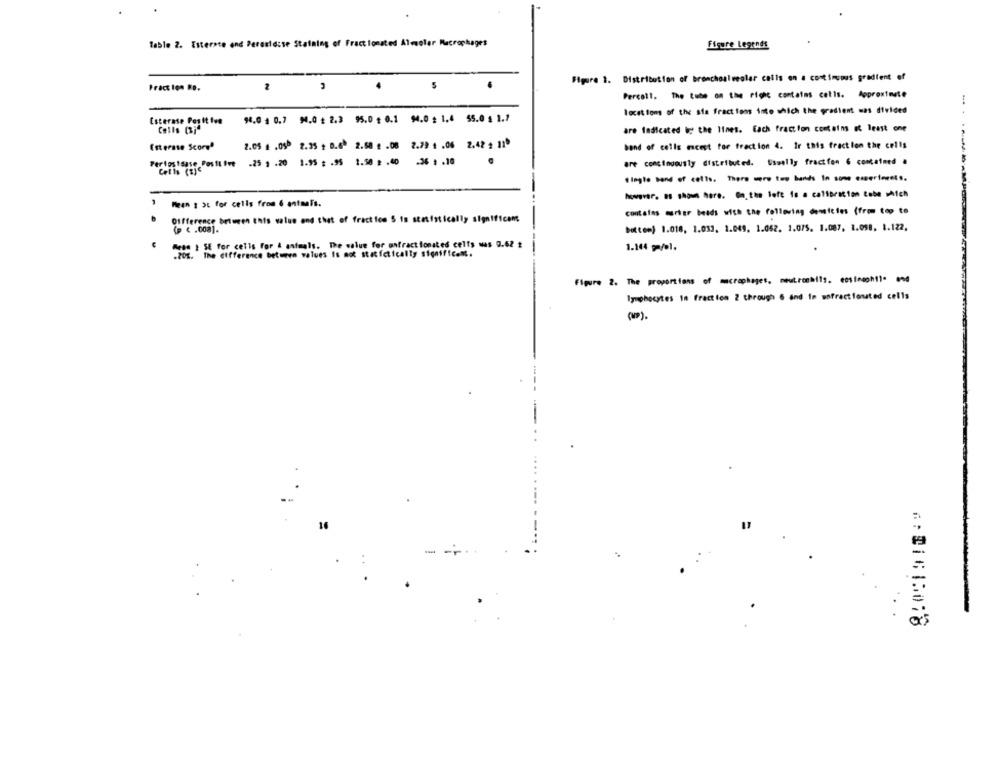
Table 2. Esterate and Peroxidsse Staining of Fractionated Almneler Macrophages
Figure Legends
Figure 1. Distribution of bronchoalveolar calls on a costimcous gradient of
Pract ton No.
4
.
Percall. The tube on the right contains cells. Approximate
locations of the sia fractions inte which the gradient was divided
Esterase Perit inn
94.0 , 0.7 94,0 £ 2.3 95,0 $ 0.1 94,0 g 1,4 55.0 $ 1.7
Cells (Bi"
are Indicated by the lines. Each fraction contains at least one
2.05 . . 05. 2.35 + D.6. 2.58 g .06 2.79 4 .06 2.42 2 11
band of cells meest for fraction 4. Ir this fraction the cells
Esterase Score"
Pertosisase Positive .25 . . 20 1.95 : . 95 1.50 2 .40 .36 1 .10
are conctouously distributed. Usually fractfen 6 contained .
Colis (3)e
"lagle Band of cells. There were two bands In some experiments.
however. as shown here. Gn. the left to a calibration tobe which
Mean 1 3L for cells from 6 antaafs.
contatos murter beads with the following denitim (from top to
Difference between this value and that of fraction 5 in statistically significant
(P € .008].
bottom) 1.018, 1.033. 1.049. 1.062. 1.075. 1.087, 1.058. 1.122.
Arse 1 SE for cells For & animals. The value for onfractionated celts was 0.62 $
.20%. The difference between values Is not statictically signific ..
1.144 g/el.
Figure 2. The proportions of macrophages, neutronhils. eosinophil* ** 4
lymphocytes in fraction 2 through 6 and im wafractionted cells
16
-